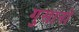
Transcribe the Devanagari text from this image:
गुसानो